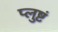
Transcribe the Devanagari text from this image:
प्लुष्टं